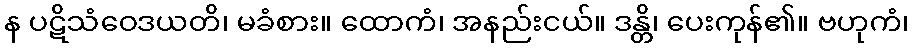
န ပဋိသံဝေဒယတိ၊ မခံစား။ ထောကံ၊ အနည်းငယ်။ ဒန္တိ၊ ပေးကုန်၏။ ဗဟုကံ၊